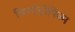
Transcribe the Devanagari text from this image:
थिग्मॉट्रोपिज्म